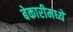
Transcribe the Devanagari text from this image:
बेकारीमध्ये